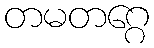
တမတဂ္ဂေ